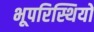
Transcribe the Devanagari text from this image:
भूपरिस्थियों